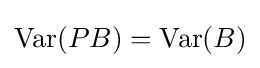
\operatorname {Var} (PB)=\operatorname {Var} (B)